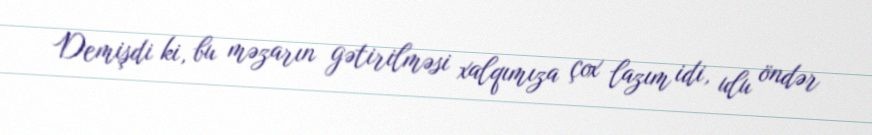
Demişdi ki, bu məzarın gətirilməsi xalqımıza çox lazım idi, ulu öndər